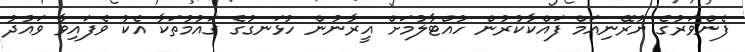
ފެންވަރުގެ ޔުރޭނިއަމް ފައްކާކުރުން ހުއްޓާލުމަށް އީރާނުން ހުޅަނގުގެ ގައުމުތަކާ އެކު ވެފައިވާ ވައުދު